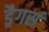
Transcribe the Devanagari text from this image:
ड्रैगर्स